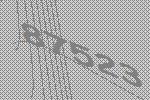
87523